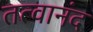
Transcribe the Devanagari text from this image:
तत्वानंद